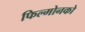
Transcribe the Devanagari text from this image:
फिल्मोनको